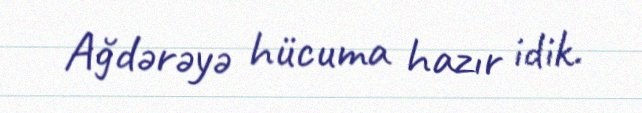
Ağdərəyə hücuma hazır idik.